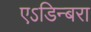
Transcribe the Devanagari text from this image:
एऽडिन्बरा